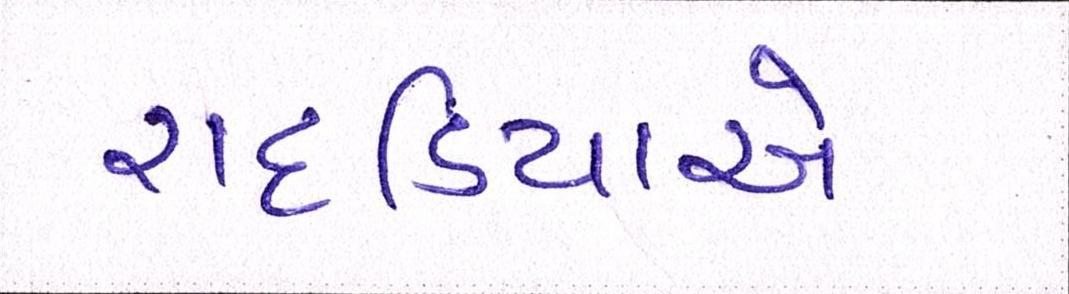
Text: રાદડિયાએ